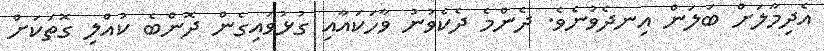
އެދިމާލަށް ބަލަން އިނދެވުނެވެ. ދެންމެ ދެކެވުނު ވާހަކައާއި ގުޅުވައިގެން ދޮންބެ ކުއްލި ގޮތަކަށް